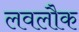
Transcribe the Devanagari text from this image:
लवलौक